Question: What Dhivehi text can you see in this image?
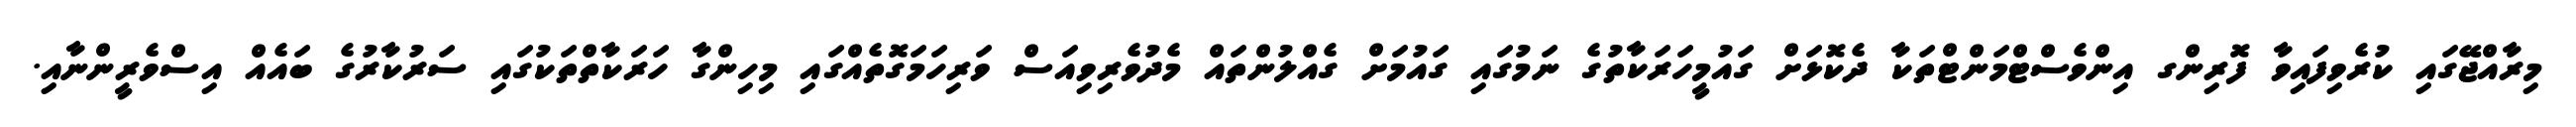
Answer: މިރާއްޖޭގައި ކުރެވިފައިވާ ފޮރިންގ އިންވެސްޓްމަންޓްތަކާ ދެކޮޅަށް ގައުމީހަރަކާތުގެ ނަމުގައި ގައުމަށް ގެއްލުންތައް މެދުވެރިވިއަސް ވަރިހަމަގޮތެއްގައި މިހިންގާ ހަރަކާތްތަކުގައި ސަރުކާރުގެ ބައެއް އިސްވެރީންނާއި.